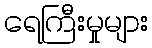
ရေကြီးမှုများ